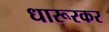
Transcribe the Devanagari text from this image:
धारूरकर